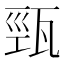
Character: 𤭓